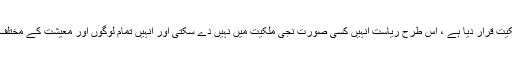
اسلام نے تیل، گیس، معدنیات،بجلی کو عوامی ملکیت قرار دیا ہے ، اس طرح ریاست انہیں کسی صورت نجی ملکیت میں نہیں دے سکتی اور انہیں تمام لوگوں اور معیشت کے مختلف شعبوں کو کم قیمت پر فراہم کرنے کی پابند ہے۔